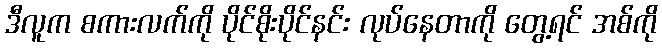
ဒီလူက စကားလက်ကို ပိုင်စိုးပိုင်နင်း လုပ်နေတာကို တွေ့ရင် အစ်ကို